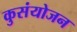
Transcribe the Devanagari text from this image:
कुसंयोजन